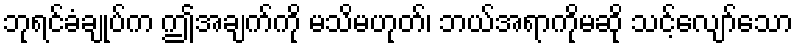
ဘုရင်ခံချုပ်က ဤအချက်ကို မသိမဟုတ်၊ ဘယ်အရာကိုမဆို သင့်လျော်သော